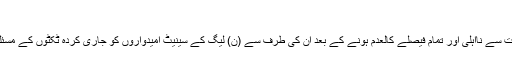
22 فروری 2018 - 19:11
خبررساں ادارے تسنیم کے مطابق نواز شریف کی پارٹی صدارت سے نااہلی اور تمام فیصلے کالعدم ہونے کے بعد ان کی طرف سے (ن) لیگ کے سینیٹ امیدواروں کو جاری کردہ ٹکٹوں کے مسئلے پر الیکشن کمیشن آف پاکستان کا اہم اجلاس اسلام آباد میں ہوا۔